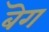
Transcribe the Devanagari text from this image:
बॆग